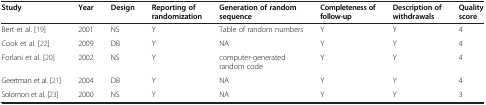
<table><thead><tr><td><b>Study</b></td><td><b>Year</b></td><td><b>Design</b></td><td><b>Reporting of randomization</b></td><td><b>Generation of random sequence</b></td><td><b>Completeness of follow-up</b></td><td><b>Description of withdrawals</b></td><td><b>Quality score</b></td></tr></thead><tbody><tr><td>Bert et al. [19]</td><td>2001</td><td>NS</td><td>Y</td><td>Table of random numbers</td><td>Y</td><td>Y</td><td>4</td></tr><tr><td>Cook et al. [22]</td><td>2009</td><td>DB</td><td>Y</td><td>NA</td><td>Y</td><td>Y</td><td>4</td></tr><tr><td>Forlani et al. [20]</td><td>2002</td><td>NS</td><td>Y</td><td>computer-generated random code</td><td>Y</td><td>Y</td><td>4</td></tr><tr><td>Geertman et al. [21]</td><td>2004</td><td>DB</td><td>Y</td><td>NA</td><td>Y</td><td>Y</td><td>4</td></tr><tr><td>Solomon et al. [23]</td><td>2000</td><td>NS</td><td>Y</td><td>NA</td><td>Y</td><td>Y</td><td>3</td></tr></tbody></table>